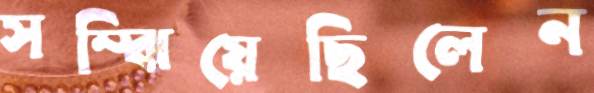
সম্‌ঝিয়েছিলেন